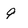
Character: 9